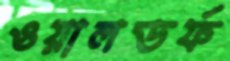
ওয়ালডর্ফ